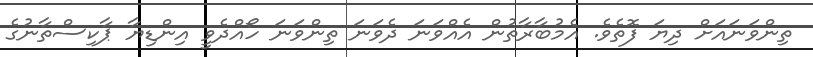
ތިންވަނައަށް ދިޔަ ފޮތެވެ. އެމުބާރާތުން އެއްވަނަ ދެވަނަ ތިންވަނަ ހޯއްދެވީ އިންޑިޔާ ޕާކިސްތާނުގެ